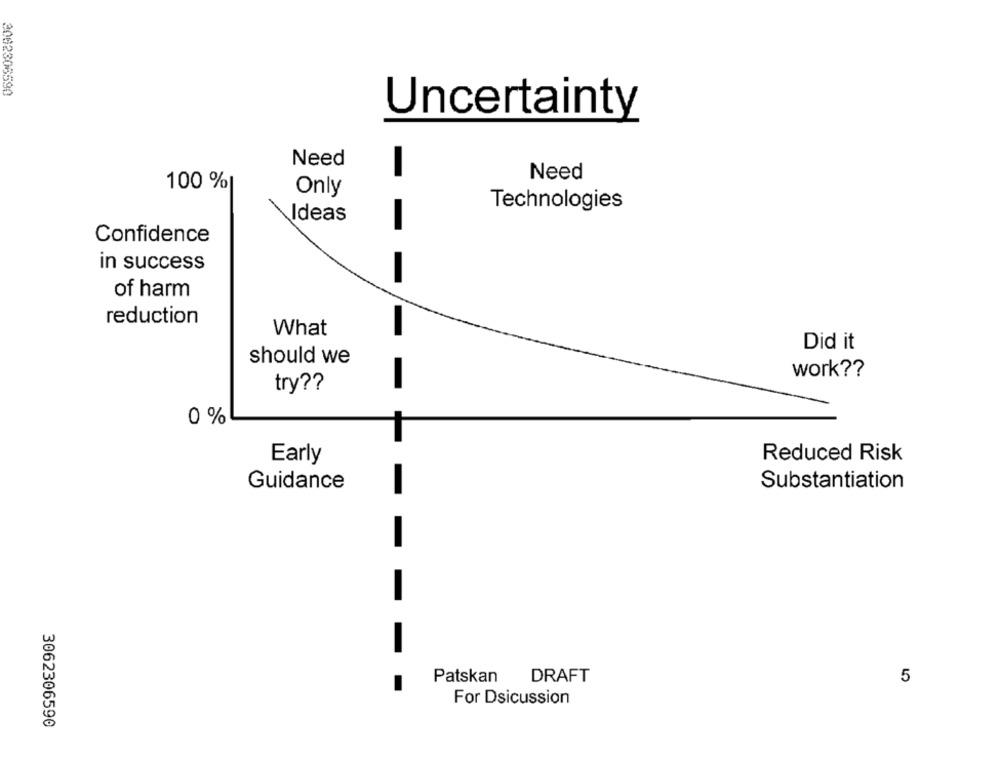
2082306590
Uncertainty
Need
-
Need
100 %|
Only
Technologies
Ideas
-
Confidence
in success
-
of harm
reduction
What
Did it
should we
work ??
-
try ??
0 %
Early
Reduced Risk
Guidance
Substantiation
-
DRAFT
Patskan
5
For Dsicussion
3062306590